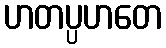
ဟတပ္ပဟတေ